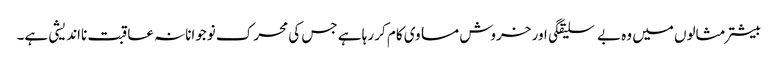
بیشتر مثالوں میں وہ بے سلیقگی اور خروش مساوی کام کر رہا ہے جس کی محرک نوجوانانہ عاقبت نااندیشی ہے۔